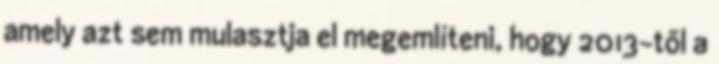
amely azt sem mulasztja el megemlíteni, hogy 2013-től a